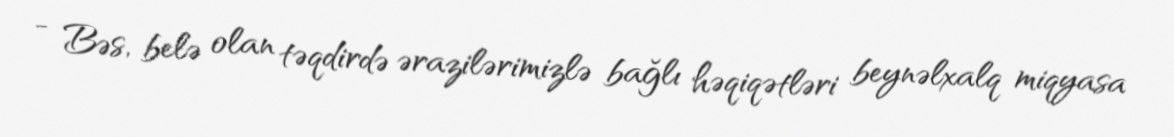
- Bəs, belə olan təqdirdə ərazilərimizlə bağlı həqiqətləri beynəlxalq miqyasa